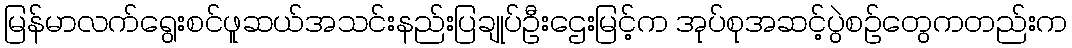
မြန်မာလက်ရွေးစင်ဖူဆယ်အသင်းနည်းပြချုပ်ဦးဌေးမြင့်က အုပ်စုအဆင့်ပွဲစဉ်တွေကတည်းက